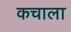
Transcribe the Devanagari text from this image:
कचाला